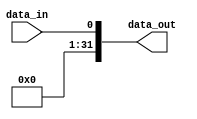
module Ex_1to32 (
    input wire data_in,
    output wire [31:0] data_out
);
    // Extende 1 bit para 32-bits com 0s a esquerda(slt, slti)
    assign data_out = {31'b0, data_in};
endmodule